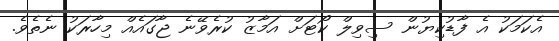
އެކަމަކު އެ ފާޑުކިޔުން ސިވިލް ކޯޓަށް އަމާޒު ކުރެވޭނެ ޖާގައެއް މިހާރަކު ނެތެވެ.